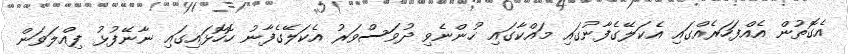
އެގޮތުން އެއްފަހަރެއްގައި އެކަލޭގެފާނުގައި މައްކާގައި ހުންނެވި ދުވަސްވަރު އެކަލޭގެފާނު ހޮހޮޅައިގައި ނާނޭފުޅު ފިއްލަވަން